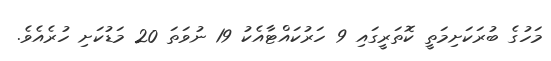
މަހުގެ ބުރަކަށިމަތީ ކޮތަރީގައި 9 ހަރުކައްޓާއެކު 19 ނުވަތަ 20 މަޑުކަށި ހުރެއެވެ.